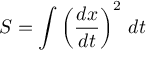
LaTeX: S = \int \left( { \frac { d x } { d t } } \right) ^ { 2 } \, d t